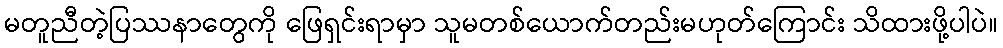
မတူညီတဲ့ပြဿနာတွေကို ဖြေရှင်းရာမှာ သူမတစ်ယောက်တည်းမဟုတ်ကြောင်း သိထားဖို့ပါပဲ။